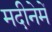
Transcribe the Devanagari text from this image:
मदीनेमें